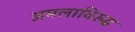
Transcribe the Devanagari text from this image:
अमलाविरुद्ध